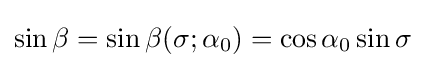
\sin \beta =\sin \beta (\sigma ;\alpha _{0})=\cos \alpha _{0}\sin \sigma